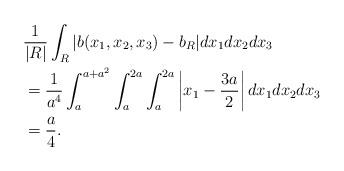
LaTeX: \begin{align*}&{1\over |R|} \int_R |b(x_1,x_2,x_3)-b_R| dx_1dx_2dx_3\\&={1\over a^4} \int_{a}^{a+a^2}\int_{a}^{2a}\int_{a}^{2a} \bigg|x_1 - {3a\over2}\bigg|\,dx_1dx_2dx_3\\&={a\over 4}. \end{align*}